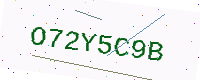
Text: O72Y5C9B